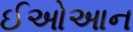
ઈઓઆન